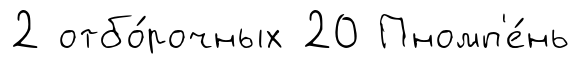
2 отбо́рочных 20 Пномп'е́нь